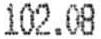
102.08